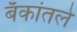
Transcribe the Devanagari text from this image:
बँकांतले